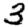
Digit: 3